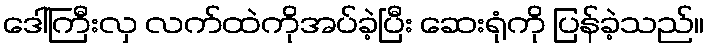
ဒေါ်ကြီးလှ လက်ထဲကိုအပ်ခဲ့ပြီး ဆေးရုံကို ပြန်ခဲ့သည်။